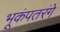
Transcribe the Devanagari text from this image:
भूकंपतरंगे